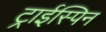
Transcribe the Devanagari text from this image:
ट्राईस्पिन